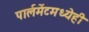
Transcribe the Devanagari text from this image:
पार्लमेंटमध्येही